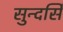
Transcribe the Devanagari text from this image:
सुन्दर्सि